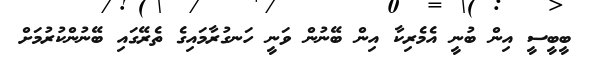
ބީބީސީ އިން ބުނީ އެމެރިކާ އިން ބޭނުން ވަނީ ހަނގުރާމައިގެ ތެރޭގައި ބޭނުންކުރުމަށް